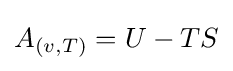
A_{(v,T)}=U-TS